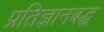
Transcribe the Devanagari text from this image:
प्रतिज्ञानबद्ध